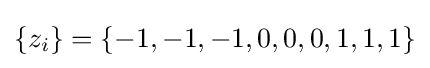
\{z_{i}\}=\{-1,-1,-1,0,0,0,1,1,1\}